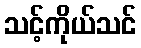
သင့်ကိုယ်သင်